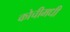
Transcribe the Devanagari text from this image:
कोचीमधी